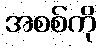
အစစ်ကို